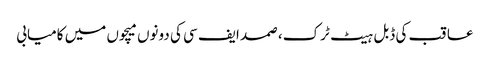
عاقب کی ڈبل ہیٹ ٹرک، صمد ایف سی کی دونوں میچوں میں کامیابی